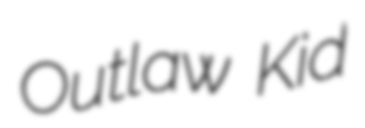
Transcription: Outlaw Kid